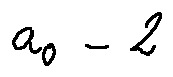
a _ { 0 } = 2